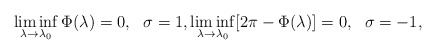
\begin{align*}\liminf_{\lambda \rightarrow \lambda_0} \Phi(\lambda) = 0,~~\sigma=1, \liminf_{\lambda \rightarrow \lambda_0}[2\pi- \Phi(\lambda)] = 0,~~\sigma=-1,\end{align*}